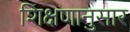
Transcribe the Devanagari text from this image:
शिक्षणानुसार